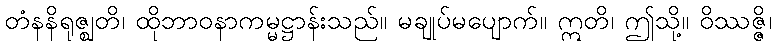
တံနနိရုဇ္ဈတိ၊ ထိုဘာဝနာကမ္မဋ္ဌာန်းသည်။ မချုပ်မပျောက်။ ဣတိ၊ ဤသို့။ ဝိဿဇ္ဇိ၊